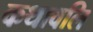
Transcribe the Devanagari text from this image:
कथावलि